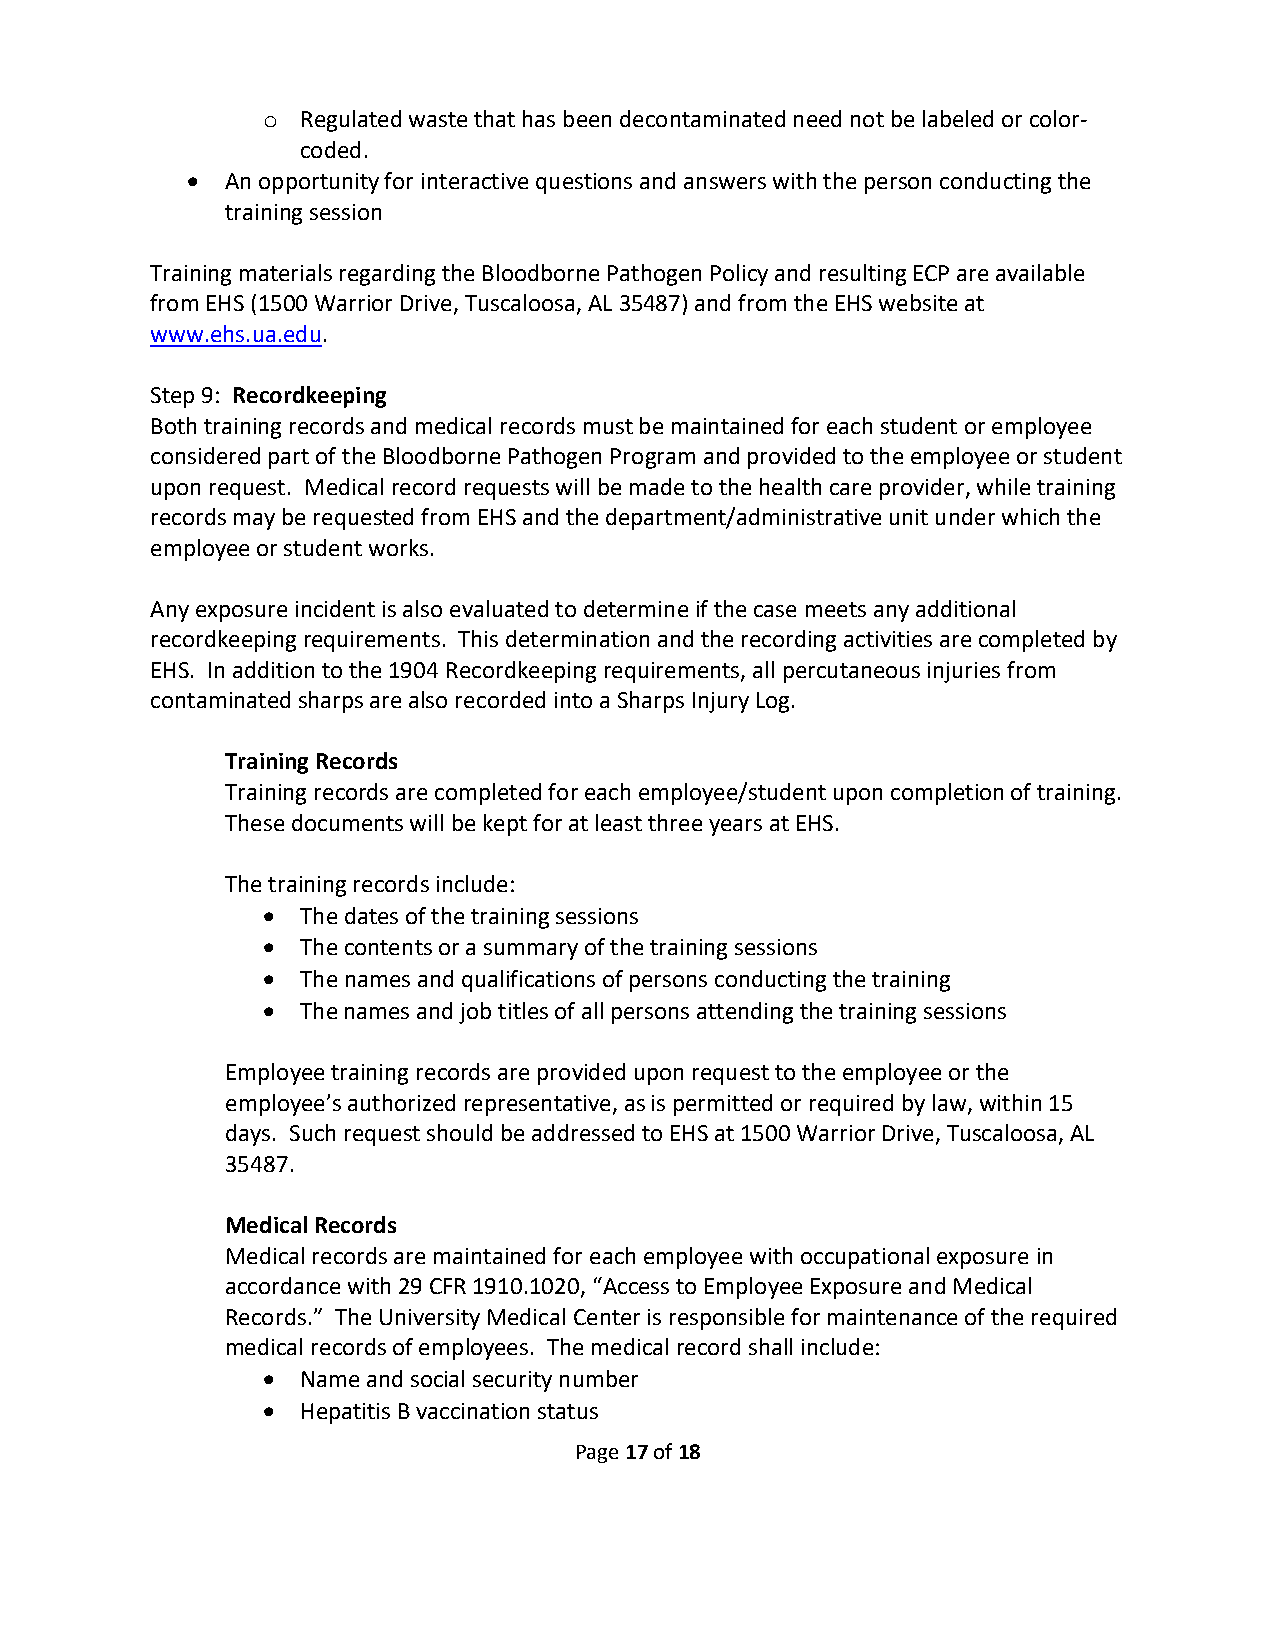
Regulated waste that has been decontaminated need not be labeled or color-
 o
 coded.
 •  An opportunity for interactive questions and answers with the person conducting the
 training session
 Training materials regarding the Bloodborne Pathogen Policy and resulting ECP are available
 from EHS (1500 Warrior Drive, Tuscaloosa, AL 35487) and from the EHS website at
 www.ehs.ua.edu.
 Step 9: Recordkeeping
 Both training records and medical records must be maintained for each student or employee
 considered part of the Bloodborne Pathogen Program and provided to the employee or student
 upon request. Medical record requests will be made to the health care provider, while training
 records may be requested from EHS and the department/administrative unit under which the
 employee or student works.
 Any exposure incident is also evaluated to determine if the case meets any additional
 recordkeeping requirements. This determination and the recording activities are completed by
 EHS. In addition to the 1904 Recordkeeping requirements, all percutaneous injuries from
 contaminated sharps are also recorded into a Sharps Injury Log.
 Training Records
 Training records are completed for each employee/student upon completion of training.
 These documents will be kept for at least three years at EHS.
 The training records include:
 •  The dates of the training sessions
 •  The contents or a summary of the training sessions
 •  The names and qualifications of persons conducting the training
 •  The names and job titles of all persons attending the training sessions
 Employee training records are provided upon request to the employee or the
 employee’s authorized representative, as is permitted or required by law, within 15
 days. Such request should be addressed to EHS at 1500 Warrior Drive, Tuscaloosa, AL
 35487.
 Medical Records
 Medical records are maintained for each employee with occupational exposure in
 accordance with 29 CFR 1910.1020, “Access to Employee Exposure and Medical
 Records.” The University Medical Center is responsible for maintenance of the required
 medical records of employees. The medical record shall include:
 •  Name and social security number
 •  Hepatitis B vaccination status
 Page 17 of 18